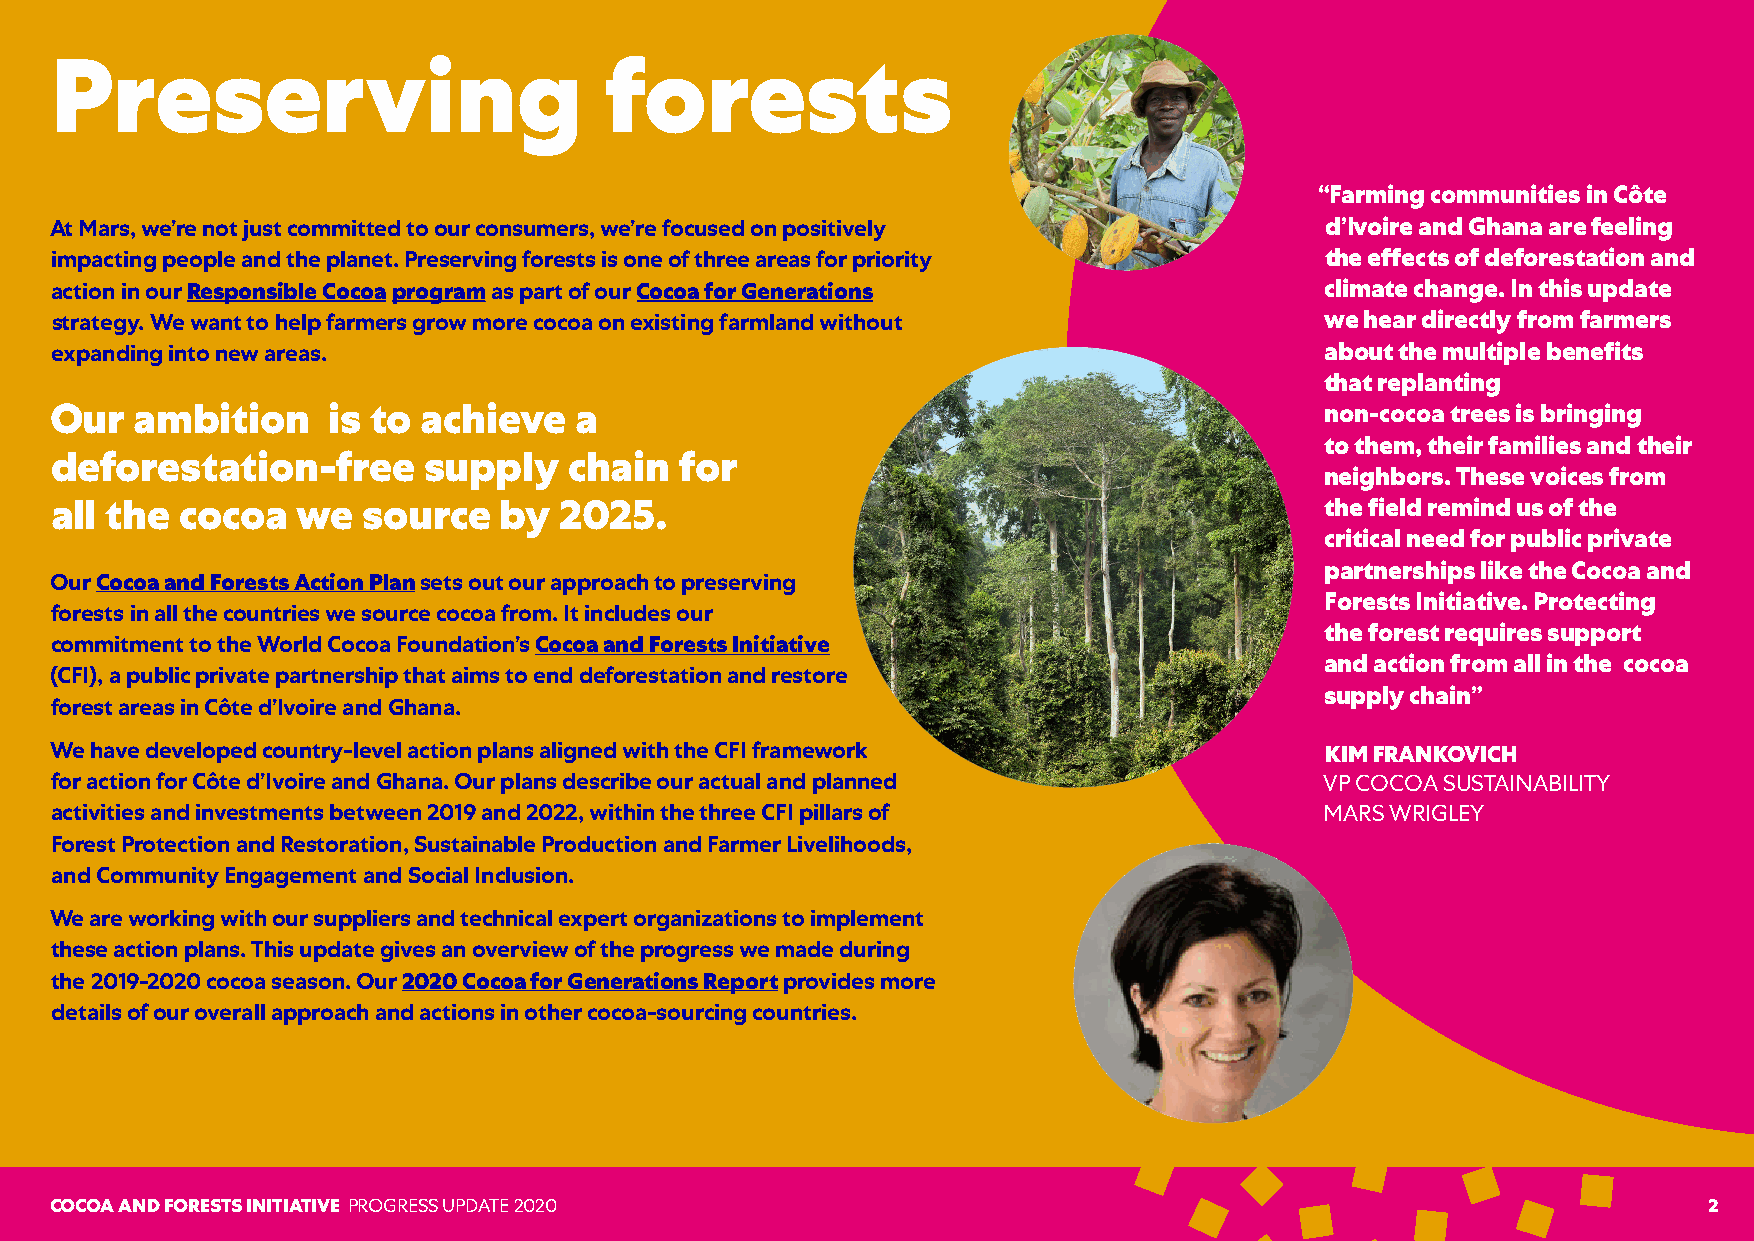
Pattern
 Preserving                           forests
 Inspired by the distinctive shapes,
 “Farming communities in Côte
 quirks and character of some of our
 most popular proAdut cMtsa,r tsh, ewsee’r pel anyoftu jlu st committed to our consumers, we’re focused on positively d’Ivoire and Ghana are feeling
 patterns bring a fuimn,p eancetirngge tpice ofepelel and the planet. Preserving forests is one of three areas for priority the effects of deforestation and
 toourcommunicaatciotinosn. in our Responsible Cocoa program as part of our Cocoa for Generations climate change. In this update
 strategy. We want to help farmers grow more cocoa on existing farmland without       we hear directly from farmers
 expanding into new areas.                                                            about the multiple benefits
 that replanting
 Our   ambition     is to achieve   a                                                 non-cocoa trees is bringing
 to them, their families and their
 deforestation-free       supply    chain  for
 neighbors. These voices from
 all the  cocoa   we  source   by  2025.                                              the field remind us of the
 critical need for public private
 partnerships like the Cocoa and
 Our Cocoa and Forests Action Plan sets out our approach to preserving
 Forests Initiative. Protecting
 forests in all the countries we source cocoa from. It includes our
 the forest requires support
 commitment to the World Cocoa Foundation’s Cocoa and Forests Initiative
 and action from all in the cocoa
 (CFI), a public private partnership that aims to end deforestation and restore
 supply chain”
 forest areas in Côte d’Ivoire and Ghana.
 We have developed country-level action plans aligned with the CFI framework          KIM FRANKOVICH
 for action for Côte d’Ivoire and Ghana. Our plans describe our actual and planned    VP COCOA SUSTAINABILITY
 activities and investments between 2019 and 2022, within the three CFI pillars of    MARS WRIGLEY
 Forest Protection and Restoration, Sustainable Production and Farmer Livelihoods,
 and Community Engagement and Social Inclusion.
 We are working with our suppliers and technical expert organizations to implement
 these action plans. This update gives an overview of the progress we made during
 the 2019-2020 cocoa season. Our 2020 Cocoa for Generations Report provides more
 details of our overall approach and actions in other cocoa-sourcing countries.
 COCOA AND FORESTS INITIATIVE PROGRESS UPDATE 2020                                                             2
 — 33